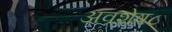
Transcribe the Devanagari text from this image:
अवशेष८